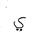
Letter: _ya